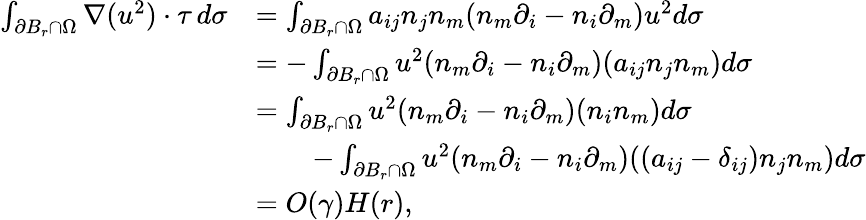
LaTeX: \begin{array}{r}{\begin{array}{rl}{\int_{\partial B_{r}\cap\Omega}\nabla(u^{2})\cdot\tau\, d\sigma}&{=\int_{\partial B_{r}\cap\Omega}a_{ij}n_{j}n_{m}(n_{m}\partial_{i}-n_{i}\partial_{m})u^{2}d\sigma}\\ &{=-\int_{\partial B_{r}\cap\Omega}u^{2}(n_{m}\partial_{i}-n_{i}\partial_{m})(a_{ij}n_{j}n_{m})d\sigma}\\ &{=\int_{\partial B_{r}\cap\Omega}u^{2}(n_{m}\partial_{i}-n_{i}\partial_{m})(n_{i}n_{m})d\sigma}\\ &{\qquad-\int_{\partial B_{r}\cap\Omega}u^{2}(n_{m}\partial_{i}-n_{i}\partial_{m})((a_{ij}-\delta_{ij})n_{j}n_{m})d\sigma}\\ &{=O(\gamma)H(r),}\end{array}}\end{array}